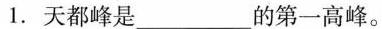
1. 天都峰是___的第一高峰。